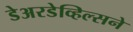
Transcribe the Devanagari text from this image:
डेअरडेव्हिल्सने